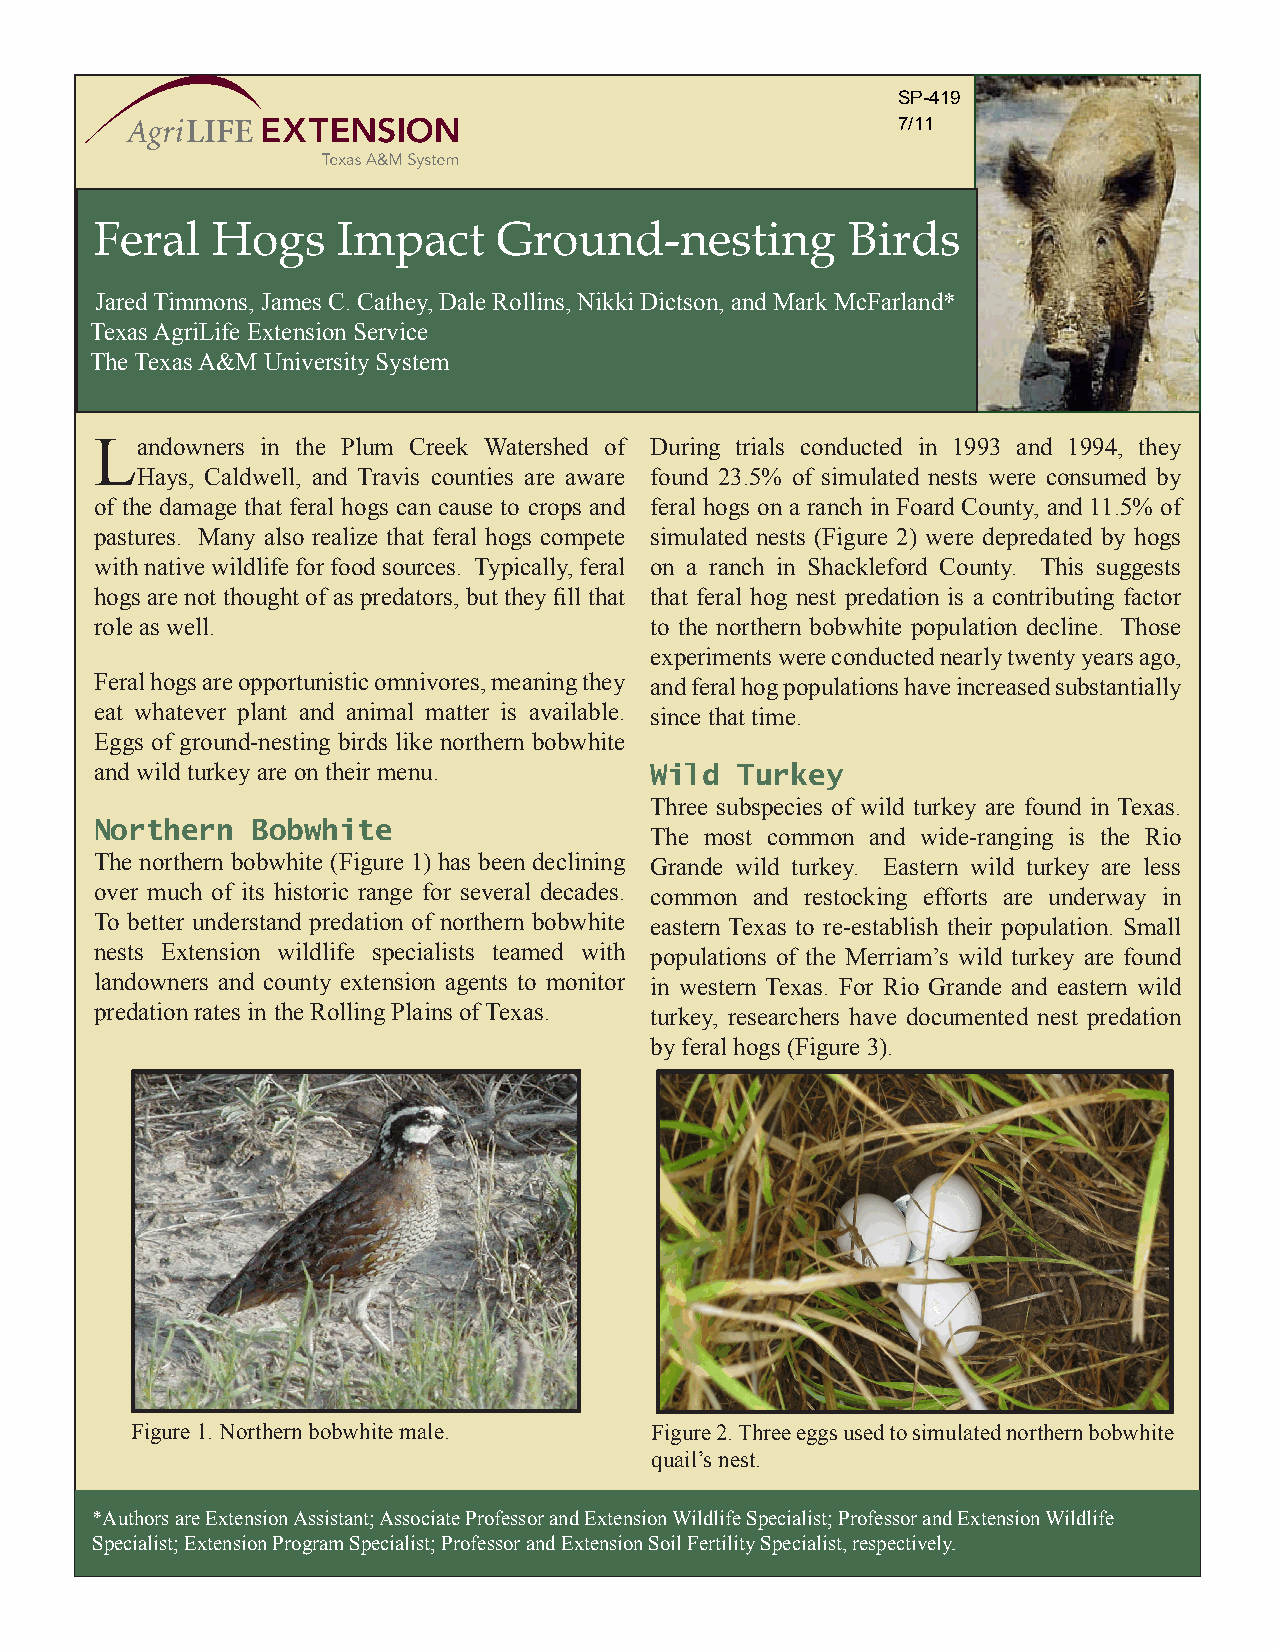
Feral   Hogs    Impact     Ground-nesting         Birds
 Jared Timmons, James C. Cathey, Dale Rollins, Nikki Dictson, and Mark McFarland*
 Texas AgriLife Extension Service
 The Texas A&M University System
 Landowners in the Plum Creek Watershed of During trials conducted in 1993 and 1994, they
 Hays, Caldwell, and Travis counties are aware found 23.5% of simulated nests were consumed by
 of the damage that feral hogs can cause to crops and feral hogs on a ranch in Foard County, and 11.5% of
 pastures. Many also realize that feral hogs compete simulated nests (Figure 2) were depredated by hogs
 with native wildlife for food sources. Typically, feral on a ranch in Shackleford County. This suggests
 hogs are not thought of as predators, but they fill that that feral hog nest predation is a contributing factor
 role as well.                        to the northern bobwhite population decline. Those
 experiments were conducted nearly twenty years ago,
 Feral hogs are opportunistic omnivores, meaning they and feral hog populations have increased substantially
 eat whatever plant and animal matter is available. since that time.
 Eggs of ground-nesting birds like northern bobwhite
 and wild turkey are on their menu.
 Wild  Turkey
 Three subspecies of wild turkey are found in Texas.
 Northern   Bobwhite                  The most common and wide-ranging is the Rio
 The northern bobwhite (Figure 1) has been declining Grande wild turkey. Eastern wild turkey are less
 over much of its historic range for several decades. common and restocking efforts are underway in
 To better understand predation of northern bobwhite eastern Texas to re-establish their population. Small
 nests Extension wildlife specialists teamed with populations of the Merriam’s wild turkey are found
 landowners and county extension agents to monitor in western Texas. For Rio Grande and eastern wild
 predation rates in the Rolling Plains of Texas. turkey, researchers have documented nest predation
 by feral hogs (Figure 3).
 Figure 1. Northern bobwhite male. Figure 2. Three eggs used to simulated northern bobwhite
 quail’s nest.
 *Authors are Extension Assistant; Associate Professor and Extension Wildlife Specialist; Professor and Extension Wildlife
 Specialist; Extension Program Specialist; Professor and Extension Soil Fertility Specialist, respectively.